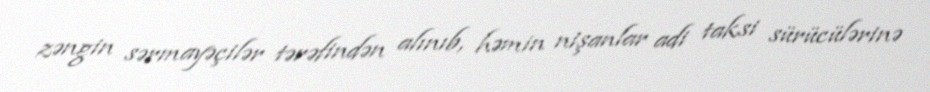
zəngin sərmayəçilər tərəfindən alınıb, həmin nişanlar adi taksi sürücülərinə